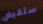
ستقبض